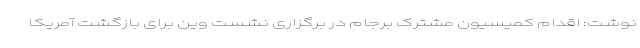
نوشت: اقدام کمیسیون مشترک برجام در برگزاری نشست وین برای بازگشت آمریکا